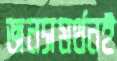
জনসমর্থনই